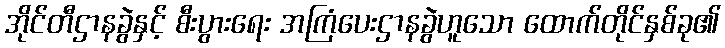
အိုင်တီဌာနခွဲနှင့် စီးပွားရေး အကြံပေးဌာနခွဲဟူသော ထောက်တိုင်နှစ်ခု၏